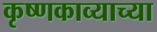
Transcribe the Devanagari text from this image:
कृष्णकाव्याच्या